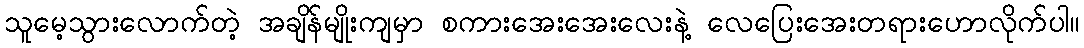
သူမေ့သွားလောက်တဲ့ အချိန်မျိုးကျမှာ စကားအေးအေးလေးနဲ့ လေပြေးအေးတရားဟောလိုက်ပါ။